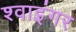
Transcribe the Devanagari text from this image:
श्वाइंगर